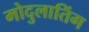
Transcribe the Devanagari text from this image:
मोदुलातिंग